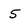
Character: 5